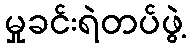
မှုခင်းရဲတပ်ဖွဲ့